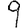
Digit: 9